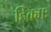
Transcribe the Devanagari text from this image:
हिक्मः